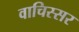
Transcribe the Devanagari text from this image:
वाचिस्सर